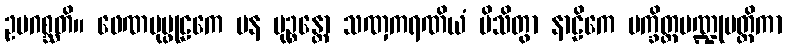
ဥပဂစ္ဆတိ။ ဖေဏပုပ္ဖုဠကေ ပန မုဉ္စန္တော သဏှကရဏိယံ ပိသိတွာ နာဠိကေ ပက္ခိတ္တပဏ္ဍုမတ္တိကာ